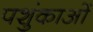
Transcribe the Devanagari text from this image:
पशुंकाओं